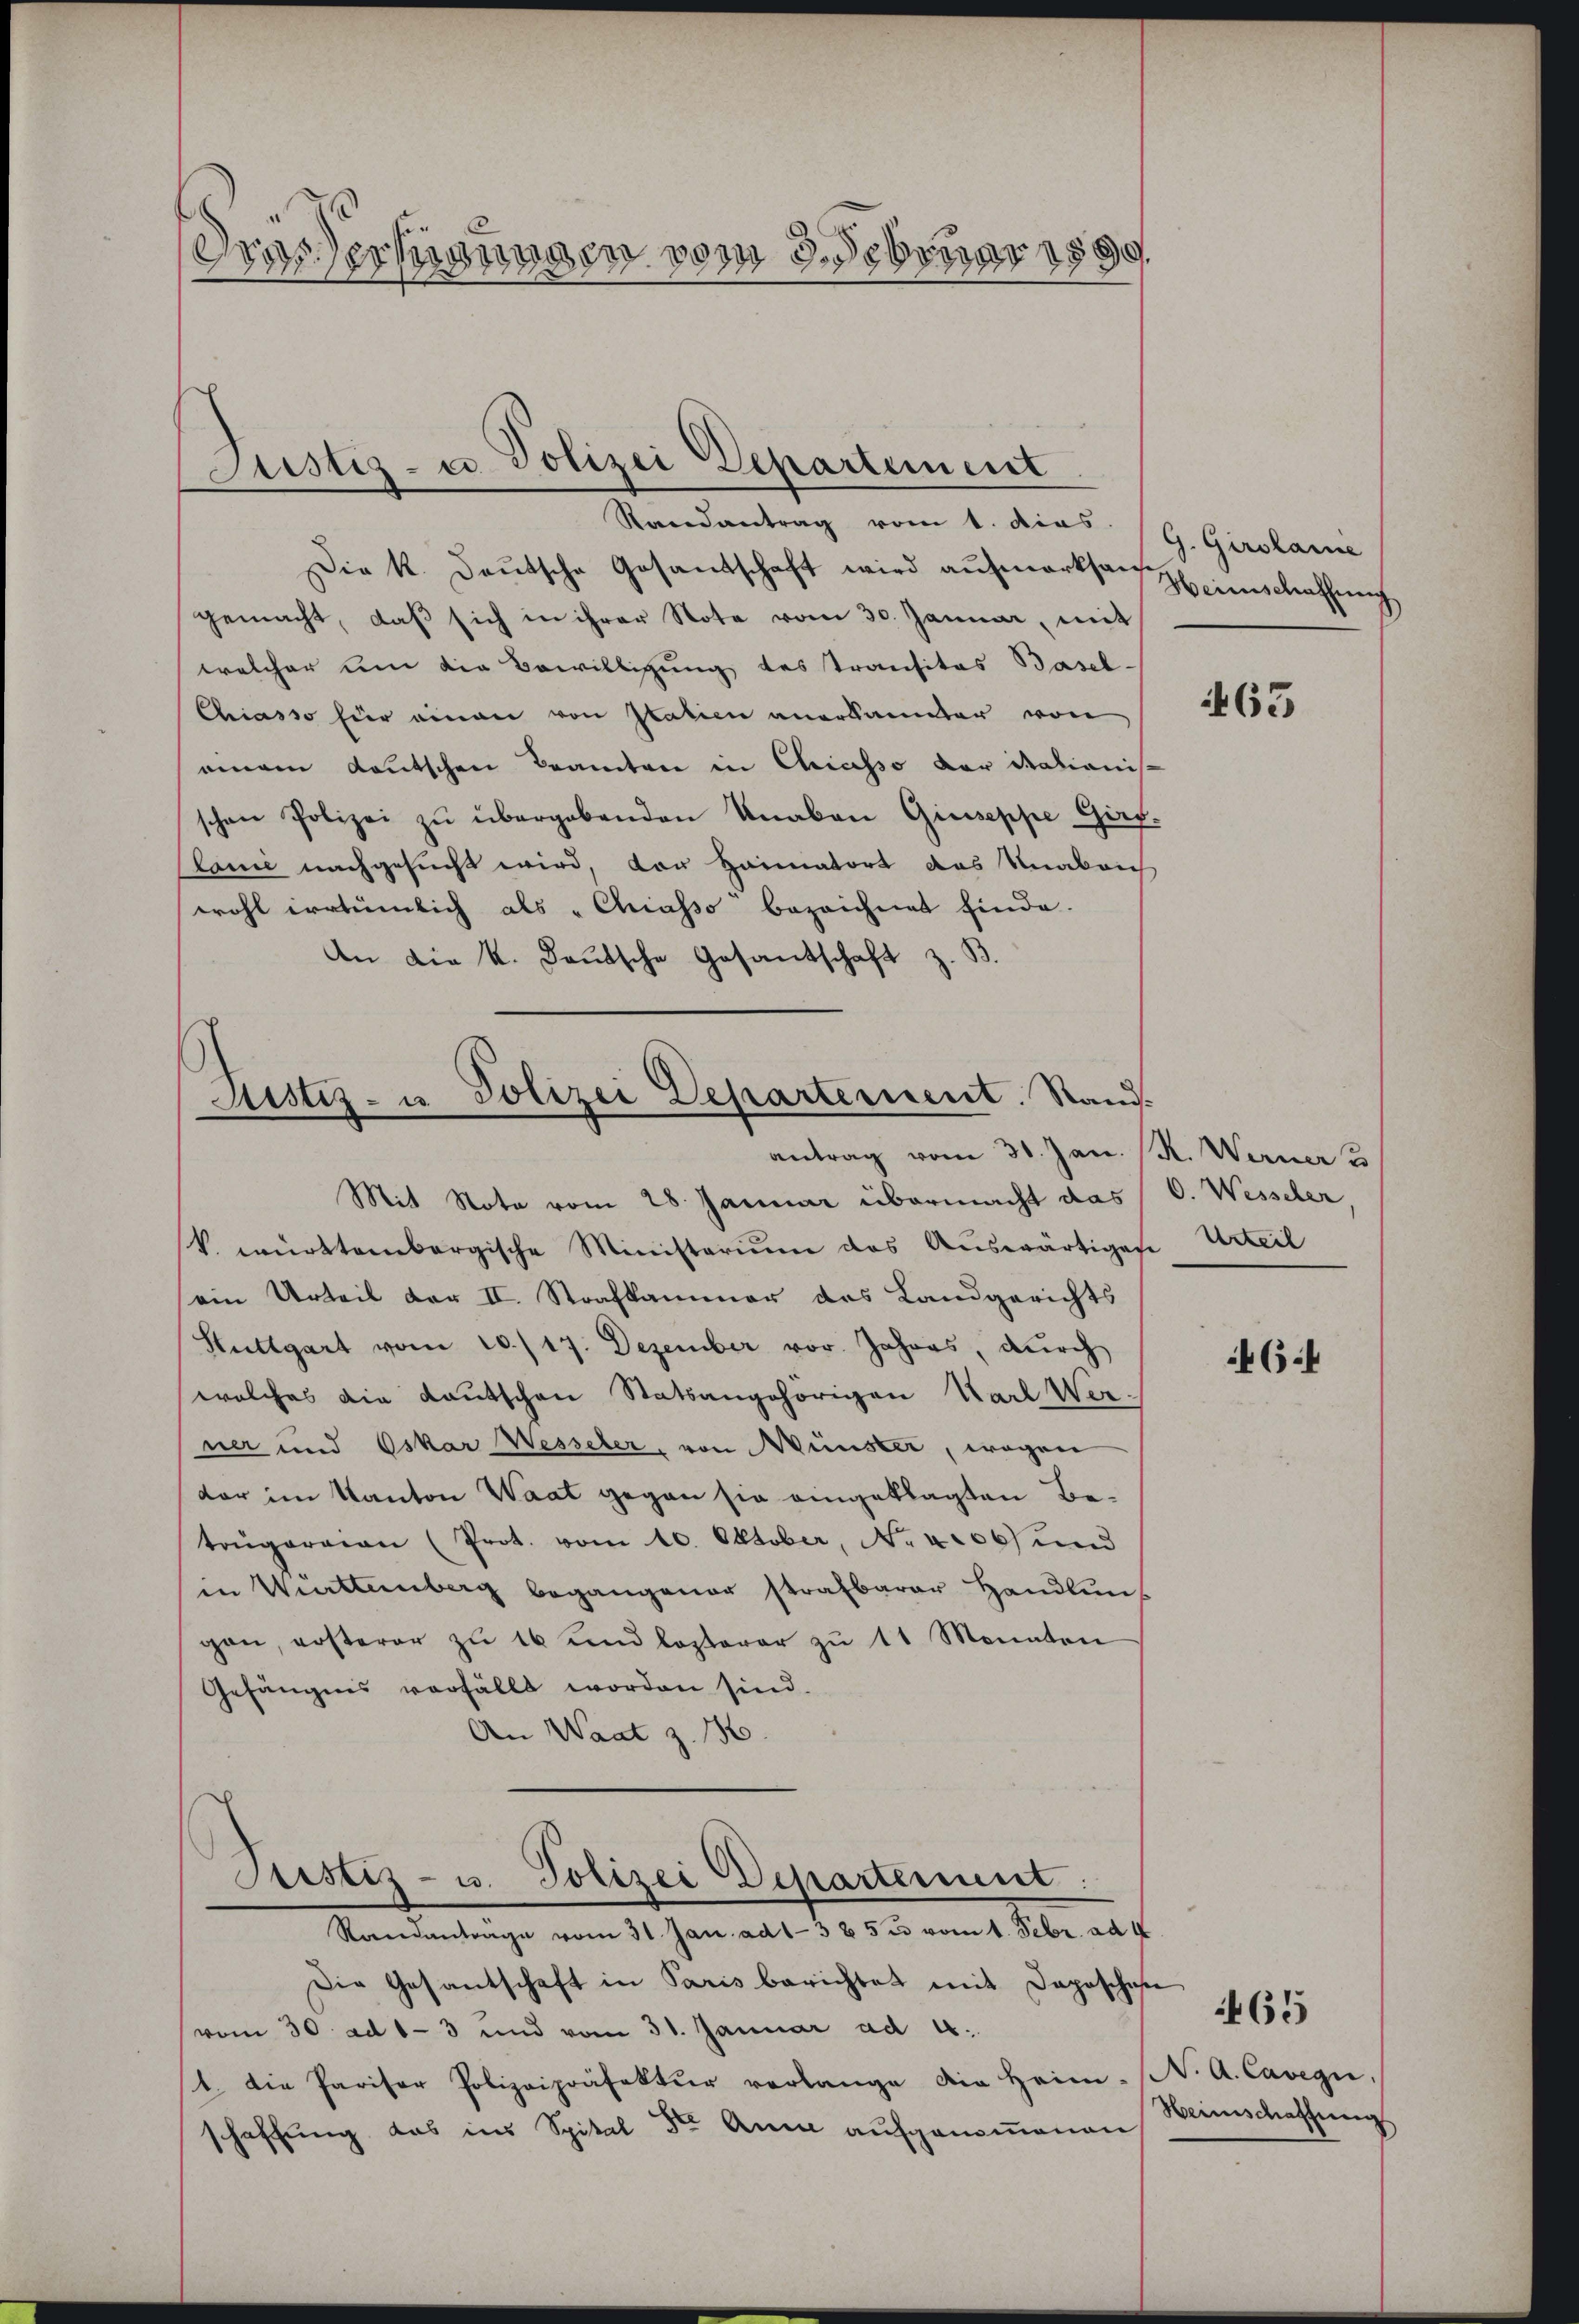
Dravernungen vom 3. Februar 1890

Die k. Deutsche Gesandtschaft wird aufmerksamt Hinschaffung
gemacht, daβ sich in ihrer Note vom 30. Januar, mit
welcher um die Bewilligung des Transitas Basel-
Chiasso für einen von Italien anerkannter von
einem deutschen Beamten in Chiasso der Malionis
schen Polizei zŭ übergebenden Knaben Giuseppe Gaf¬
Plane nachgesucht wird, von Heimatort das Unabrich
wohl irrtümlich als „Chiasso bezeichnet finde.
An die k. Kautsche Gesandtschaft z. B.

Mit Note vom 28. Januar übermacht das
V. württembergische Ministerium das Aŭswärtigese
sein Urteil der II. Strafkammer des Landgerichts
Stuttgart vom 10./17. Dezember vor. Jahres, durch
welches die Kautschen Statsangehörigen Karl Wer-
ner und Oskar Wesseler, von Wünster, wegen
dar im Kanton Waat gegen sie eingeklagten Betrügeraien (Prot. vom 10. Oktober, No 406 und
in Wittenberg begangener strafbarer Handlŭn
gan, ersterer zŭ 16 und losterer zŭ 11 Monaten
Gefängnis verfällt worden sind.
An Waat z. 186.

Justiz- u. Polizei Departement
Randantrag vom 1. dies (G. Girolame

Justiz- u Polizei Departement. Stand.
antrag vom 31. Jan. R. Werner 3

Justiz- u. Polizei Departement.
Standantrage vom 31. Jan. ad 1385 u vom 1. Febr. ad 4.

Die Gesantschaft in Paris berichtet mit Daposchehe
(vom 30. ad 1-3 und vom 31. Januar ad 4.
1. Die Pariser Polizeipräfektur verlange die Heim. (N. A. Cavegi,
schaffung das ins Spital der Anna aufgenommenen

463

6. Wesseler,
Urteil

46:

Heimschaffung

465